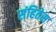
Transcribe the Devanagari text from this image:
संहितेस